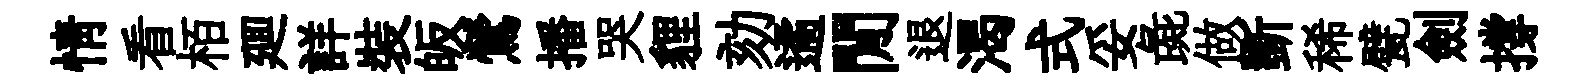
情看栢廽詳裝皈鶯播哭貍劾遹閒退渴式妥彘做斵稀甓劍撐